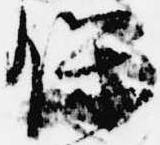
保